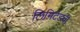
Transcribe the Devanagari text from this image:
लिमिटेडची